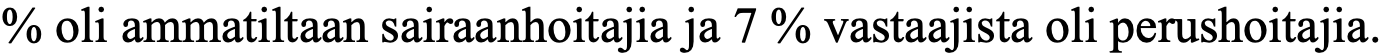
% oli ammatiltaan sairaanhoitajia ja 7 % vastaajista oli perushoitajia.